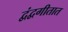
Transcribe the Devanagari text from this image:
द्वंद्वगीतात